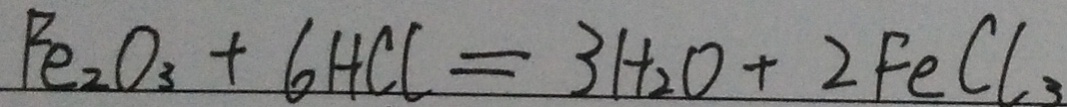
P e _ { 2 } O _ { 3 } + 6 H C l = 3 H _ { 2 } O + 2 F e C l _ { 3 }